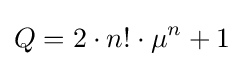
Q=2\cdot n!\cdot \mu ^{n}+1